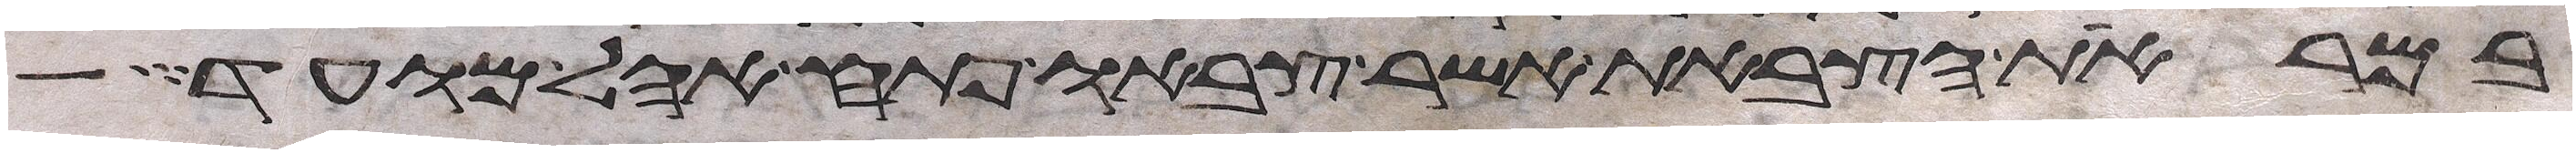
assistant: במראות הצבאות אשר צבאו פתח אהל מועד